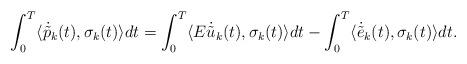
LaTeX: \begin{align*}\int_0^T \langle \dot{\tilde{p}}_k(t), \sigma_k(t) \rangle dt= \int_0^T \langle E \dot{\tilde{u}}_k(t), \sigma_k(t) \rangle dt-\int_0^T \langle \dot{\tilde{e}}_k(t), \sigma_k(t) \rangle dt.\end{align*}